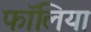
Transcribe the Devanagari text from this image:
फॉलिया